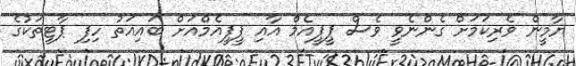
ޔާމީން ވެރިކަމަށް ގެންނެވީ ވެސް ޕީޕީއެމް އާއި ޕީޕީއެމްއަށް ބައިއަތު ހިފި ޕާޓީތަކުގެ